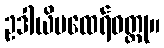
ဥဒါယိမထေရ်ဝတ္ထု။